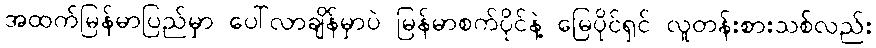
အထက်မြန်မာပြည်မှာ ပေါ်လာချိန်မှာပဲ မြန်မာစက်ပိုင်နဲ့ မြေပိုင်ရှင် လူတန်းစားသစ်လည်း